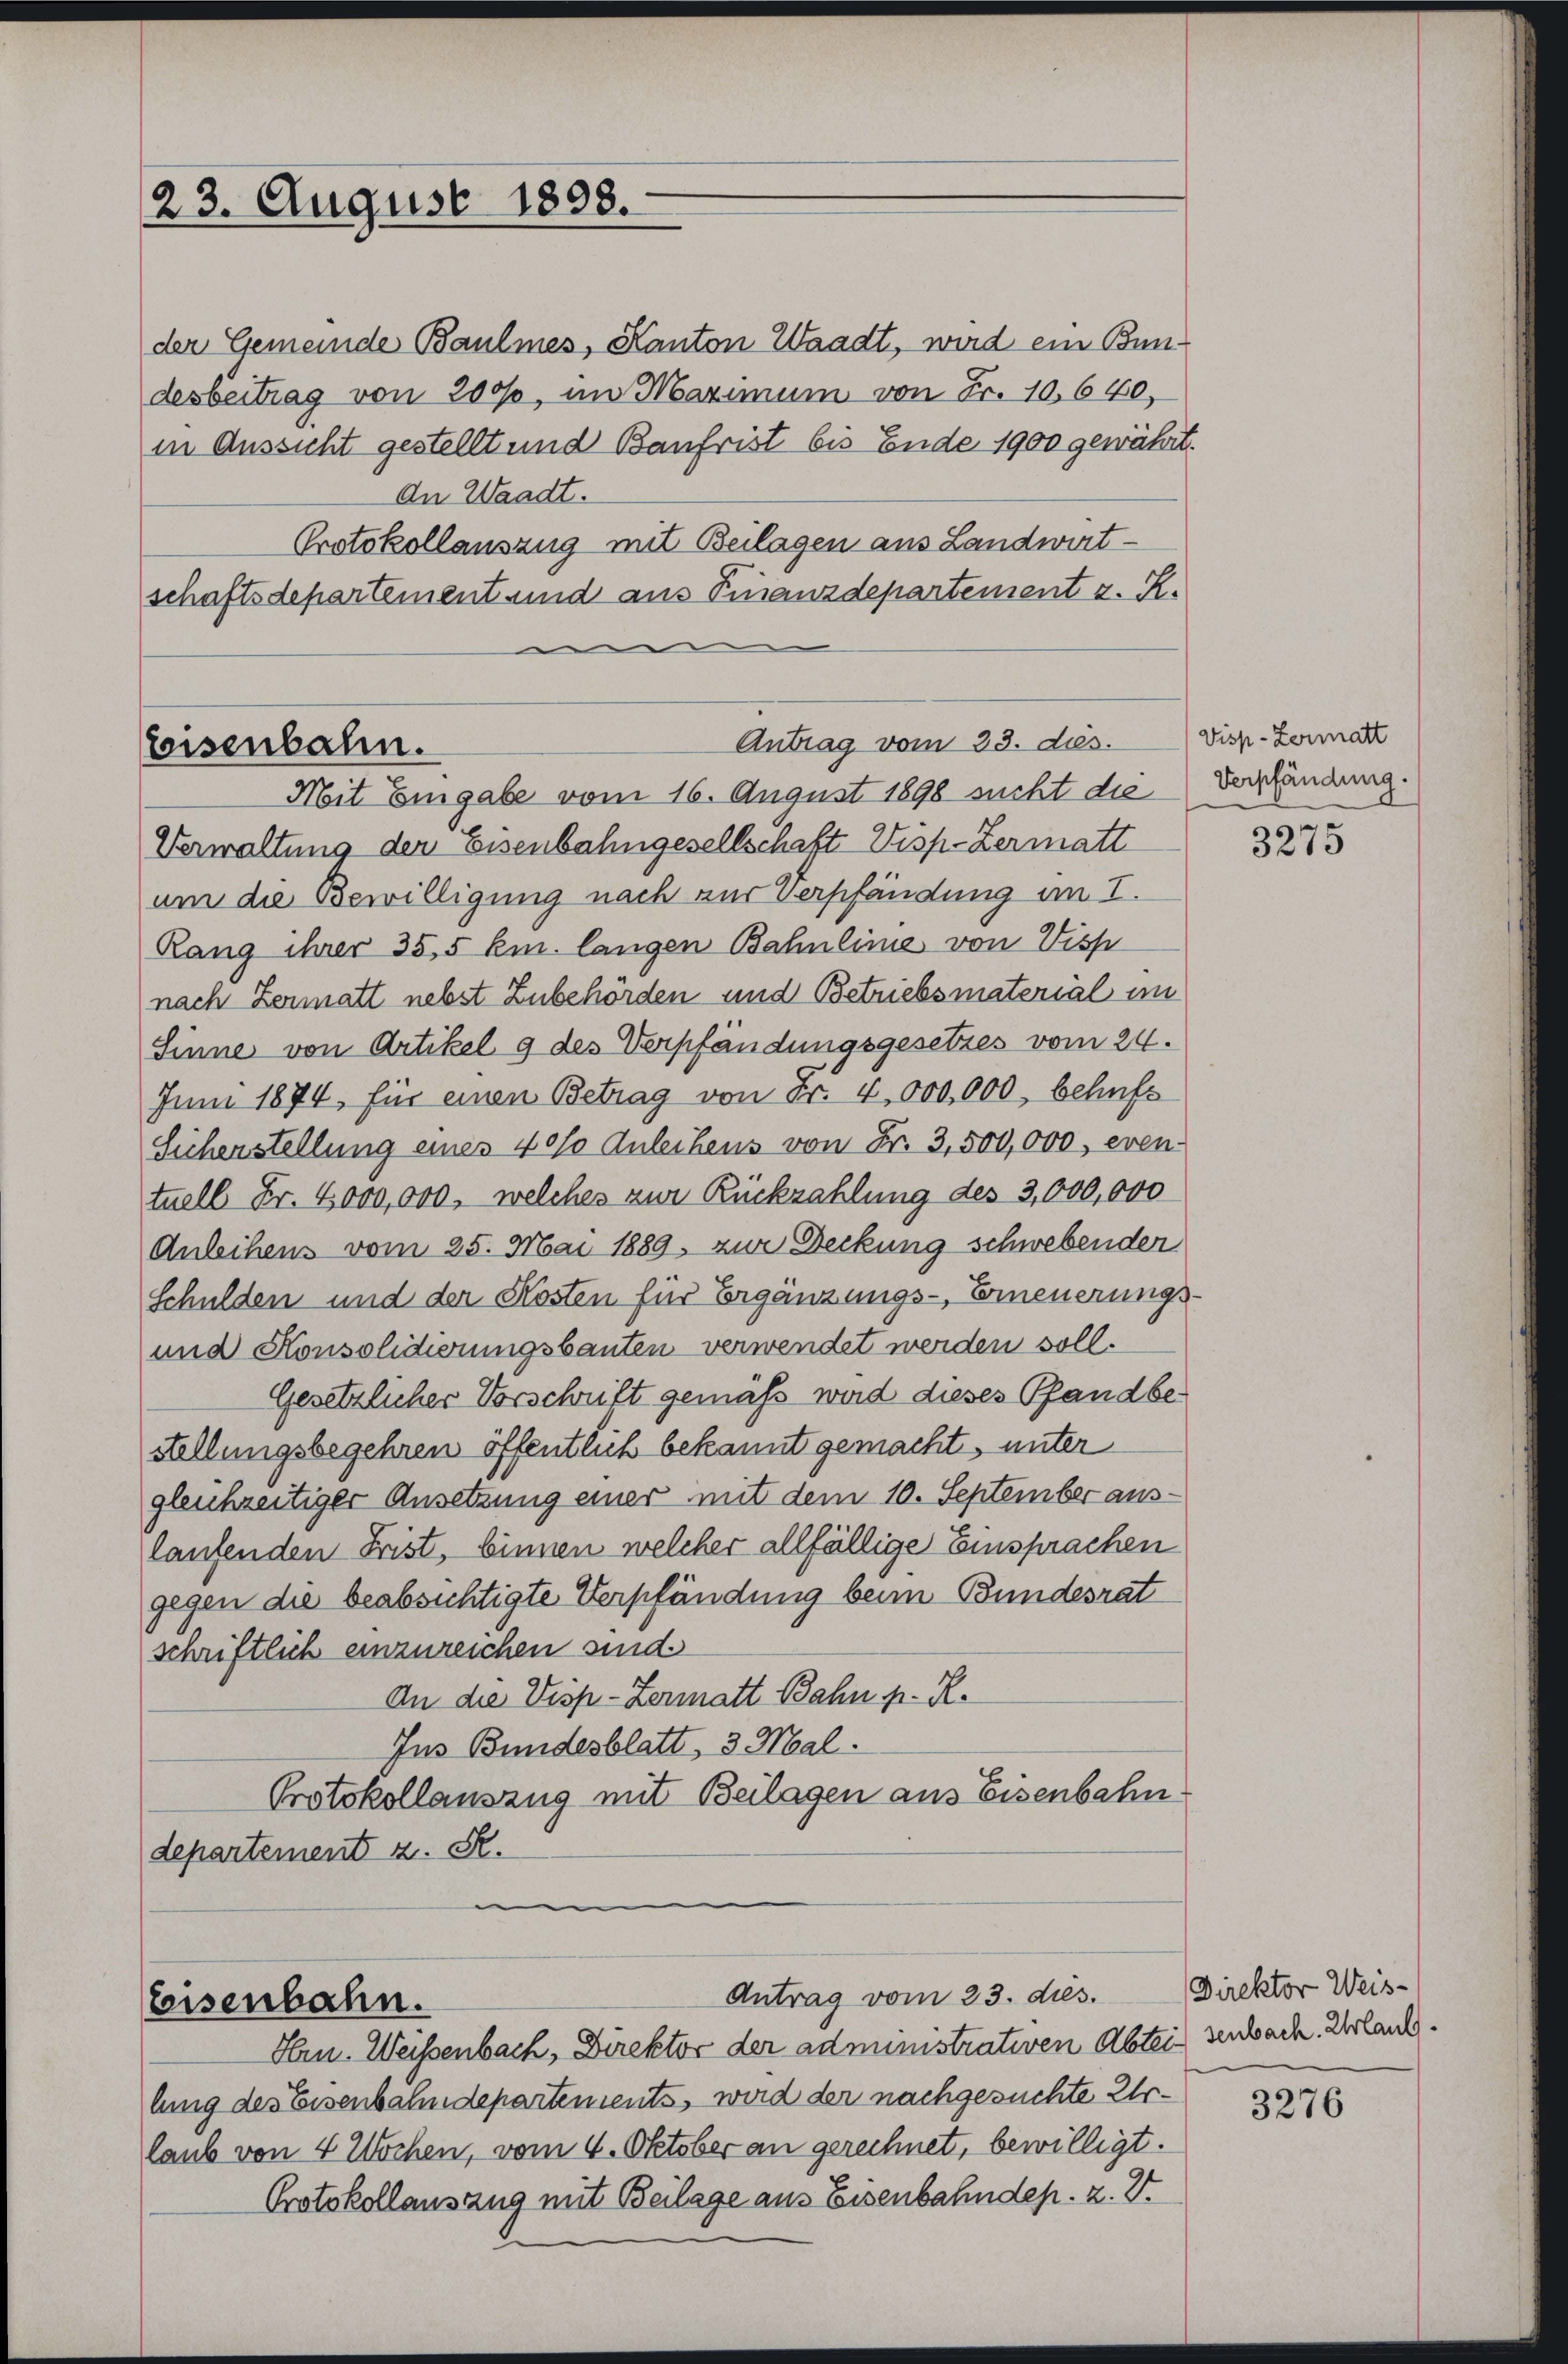
23. August 1898.

der Gemeinde Baulmes, Kanton Waadt, wird ein Bun-
desbeitrag von 2000, im Maximum von Fr. 10. 640,
in Aussicht gestellt und Baufrist bis Ende 1900 gewährt.
An Waadt.
Protokollauszug mit Beilagen aus Landwirtschaftsdepartement und aus Finanzdepartement z. R.
e

Antrag vom 23. ds.
seisenbahn.
Mit Eingabe vom 16. August 1898 nicht die Verpfändung.

Antrag vom 23. dies.
leisenbahn.
Hrn. Weisenbach, Direktor der administrativen Abtei senbach. Urland.

Verwaltung der Eisenbahngesellschaft Visp-Zermatt
um die Bewilligung nach zur Verpfändung im I.
Rang ihrer 35,5 km. langen Bahnlinie von Visp
nach Zermatt nebst Zubehörden und Betriebsmaterial im
Sinne von Artikel 9 des Verpfändungsgesetzes vom 24.
Juni 1874, für einen Betrag von Fr. 4, 000,000, behufs
Sicherstellung eines 40% Anleihens von Fr. 3,500,000, even-
tuell Fr. 4000,000, welches zur Rückzahlung des 3,000,000
Anleihens vom 25. Mai 1889. zur Deckung schwebenden
Schulden und der Kosten für Ergänzungs-Erneuerungs¬
und Konsolidierungsbauten verwendet werden soll.
Gesetzlicher Vorschrift gemäß wird dieses Pfandbe-
Stellungsbegehren öffentlich bekannt gemacht, unter
gleichzeitiger Ansetzung einer mit dem 10. September auslaufenden Frist, binnen welcher allfällige Einsprachen
gegen die beabsichtigte Verpfändung beim Bundesrat
schriftlich einzureichen sind.
An die Visp-Zenmatt Bahn p. R.
Ins Bundesblatt, 3 Mal.
Protokollauszug mit Beilagen aus Eisenbahn
departement z. S.

lung des Eisenbahndepartements, wird der nachgesuchte Erlaub von 4 Wochen, vom 4. Oktober an gerechnet, bewilligt.
Protokollansang mit Beilage aus Eisenbahndep. z. B.

Visp-Zermatt

3275

Direktor Weis¬

3276